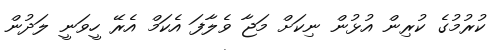
ކުރުމުގެ ކުރިން އުޅުން ނިކަށް މަޖާ ވެލާފަ އެކަމް އެރޭ ހީވަނީ ލަދުން